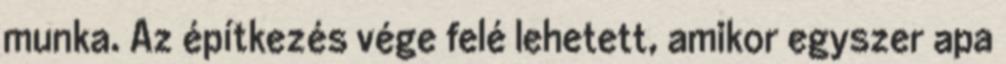
munka. Az építkezés vége felé lehetett, amikor egyszer apa